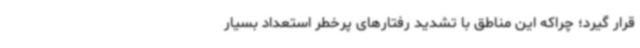
قرار گیرد؛ چراکه این مناطق با تشدید رفتارهای پرخطر استعداد بسیار